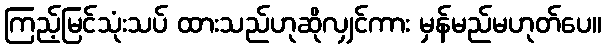
ကြည့်မြင်သုံးသပ် ထားသည်ဟုဆိုလျှင်ကား မှန်မည်မဟုတ်ပေ။